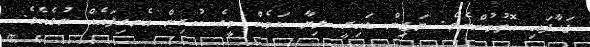
ޖަހާފައި އޮތުމުންނެވެ. ޔަޒިން ޑައިރީ ލިޔާ ކަމެއް މީގެ ކުރިން އެނގިފައެއް ނުވެއެވެ.